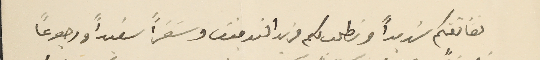
نعانقكم شديداً ونطلب لكم مزيد التوفيق وسَفراً سعيداً ورجوعاً